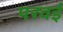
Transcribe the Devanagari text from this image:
परवई